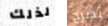
لذلك تصرخ